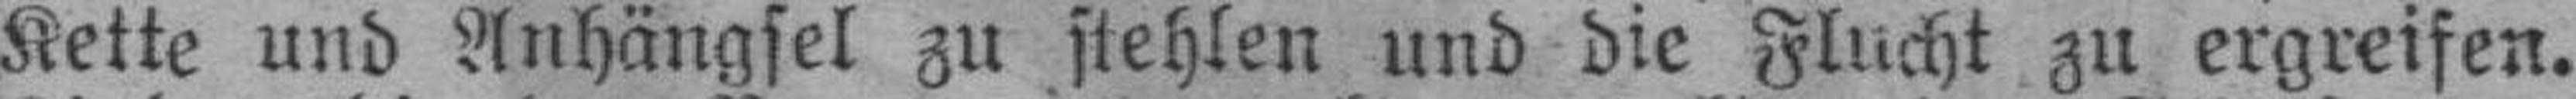
Kette und Anhängsel zu stehlen und die Flucht zu ergreifen.